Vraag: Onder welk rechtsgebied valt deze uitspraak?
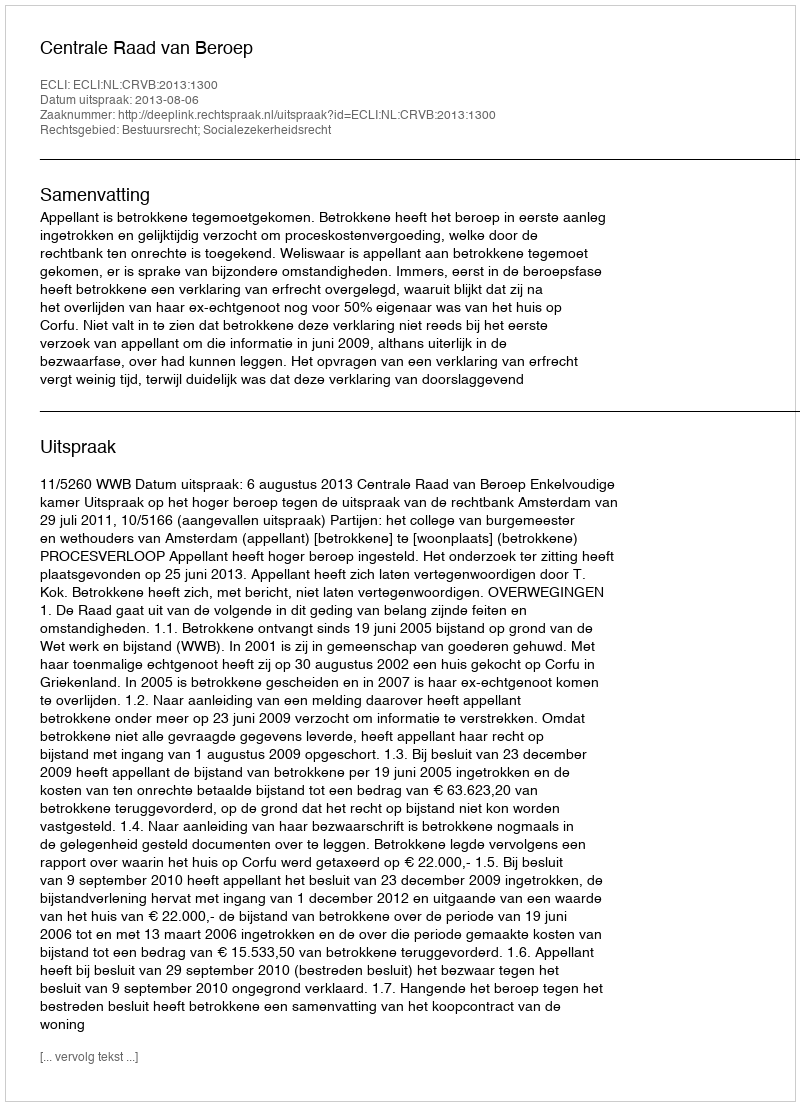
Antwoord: Bestuursrecht; Socialezekerheidsrecht